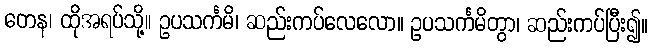
တေန၊ ထိုအရပ်သို့။ ဥပသင်္ကမိ၊ ဆည်းကပ်လေလော။ ဥပသင်္ကမိတွာ၊ ဆည်းကပ်ပြီး၍။